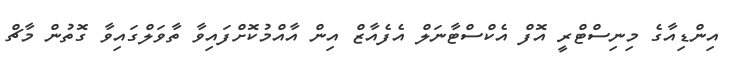
އިންޑިއާގެ މިނިސްޓްރީ އޮފް އެކްސްޓާނަލް އެފެއާޒް އިން އާއްމުކޮށްފައިވާ ތާވަލްގައިވާ ގޮތުން މާޗް